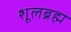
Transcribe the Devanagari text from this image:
शूलब्रह्म